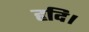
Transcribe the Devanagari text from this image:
हृदि।